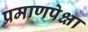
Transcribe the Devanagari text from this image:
प्रमाणपेक्षा